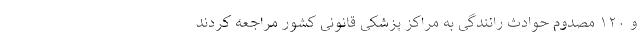
و ۱۲۰ مصدوم حوادث رانندگی به مراکز پزشکی قانونی کشور مراجعه کردند